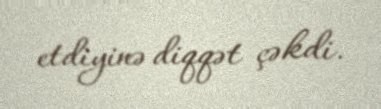
etdiyinə diqqət çəkdi.